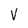
Character: V